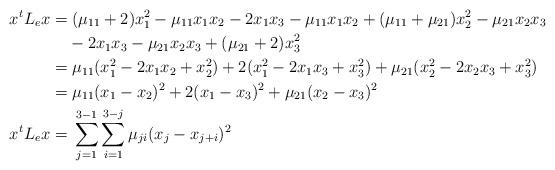
LaTeX: \begin{align*}x^tL_ex=&\;(\mu_{11}+2)x^2_1-\mu_{11}x_1x_2-2x_1x_3-\mu_{11}x_1x_2+(\mu_{11}+\mu_{21})x^2_2-\mu_{21}x_2x_3\\&-2x_1x_3-\mu_{21}x_2x_3+(\mu_{21}+2)x^2_3 \\=&\;\mu_{11}(x^2_1-2x_1x_2+x^2_2)+2(x^2_1-2x_1x_3+x^2_3)+\mu_{21}(x^2_2-2x_2x_3+x^2_3)\\=&\;\mu_{11}(x_1-x_2)^2+2(x_1-x_3)^2+\mu_{21}(x_2-x_3)^2\\x^tL_ex=&\;\sum_{j=1}^{3-1}\sum_{i=1}^{3-j}\mu_{ji}(x_j -x_{j+i})^2\end{align*}